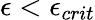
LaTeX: {\epsilon}<{\epsilon}_{crit}